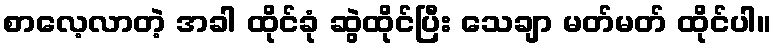
စာလေ့လာတဲ့ အခါ ထိုင်ခုံ ဆွဲထိုင်ပြီး သေချာ မတ်မတ် ထိုင်ပါ။